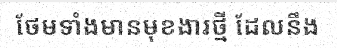
ថែមទាំងមានមុខងារថ្មី ដែលនឹង